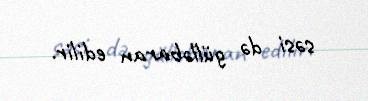
səsi də gülləbaran edilir.